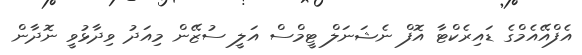
އެފްއޭއެމްގެ ޑައިރެކްޓާ އޮފް ނެޝަނަލް ޓީމްސް އަލީ ސުޒޭން މިއަދު ވިދާޅުވީ ނޮދާން